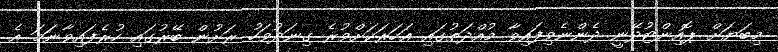
މިބަޔަށް ޕޮއިންޓުދޭނީ ދެންނެވިފައިވާ މުއްދަތުގައި އަހަރަކަށްވުރެ ގިނަދުވަހު ރަށުން ބޭރުގައި ހުރެފައިވާނަމަ އެ